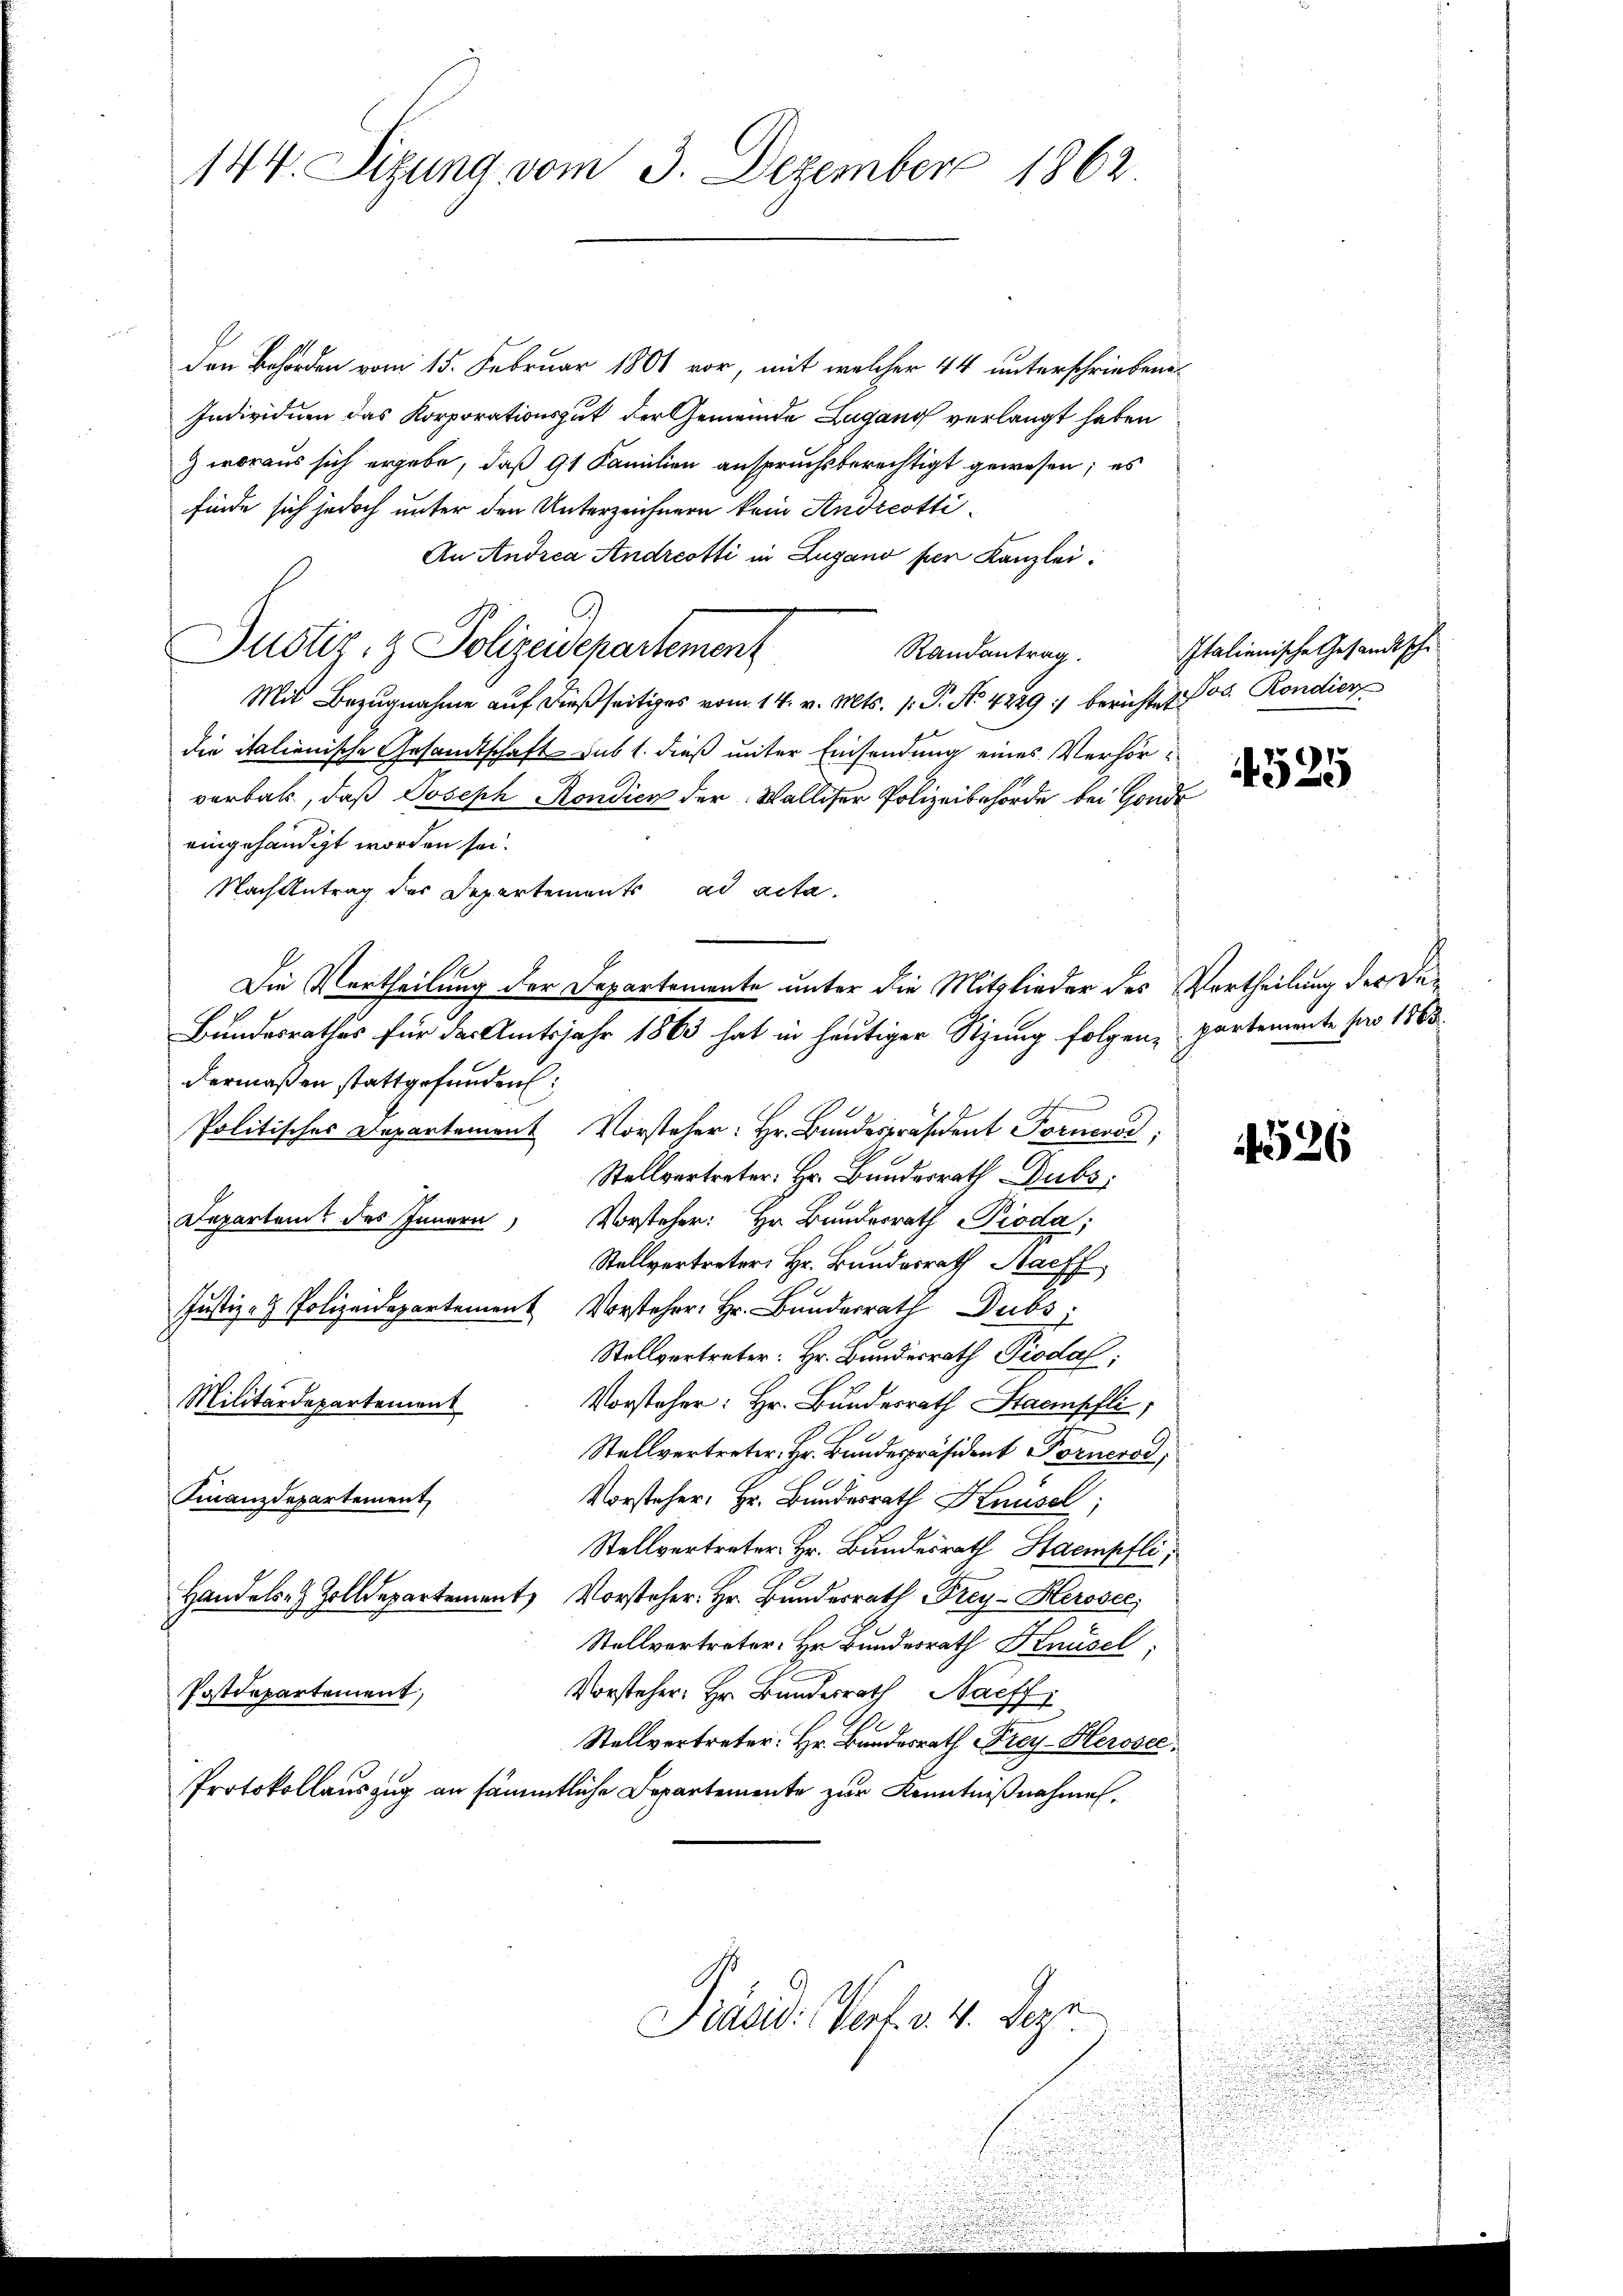
144. Sizung vom 3. Dezember 1862

den Behörden vom 15. Februar 1801 vor, mit welcher 44 unterschriebene
Individuen das Korporationsgut der Gemeinde Lugano verlangt haben
) woraus sich ergabe, daß 91 Familien anspruchsberechtigt gewesen; es
finde sich jedoch unter den Unterzeichnern kein Andreotti¬
An Andrea Andreotti in Zugano per Kanzlei.
Justiz- & Polizeidepartement
Randantrag.
Mit Bezugnahme auf dießseitiges vom 14. v. Mts. 1. P. No 4229 :/ berichtet. Jos. Rondier
die italienische Gesandtschaft sub 1. dieß unter Einsendung eines Verhörverbar, daß Joseph Kondica der Walliser Polizeibehörde bei Gonde
eingehändigt worden sei.
Nach Antrag der Departements ad acta.
M.
dermaßen stattgefunden:
Politisches Departement Vorsteher: Hr. Bundespräsident Fornes,
Stellvertreter: Hr. Bundesrath Dubs
Departamt des Innern Vorsteher: Hr. Bundesrath Pioda,
Stellvertreter Hr. Bundesrath Nachf
Justiz- & Polizeidepartement Vorsteher Hr. Bundesrath Dubs,
Stellvertreter: Hr. Bundesrath Piodal;
Militärdepartement. Vorsteher: Hr. Bŭndesrath Staempfli
Stellvertreter Hr. Bundespräsident Forneros,
Finanzdepartement Vorsteher: Hr. Bŭndesrath Knüsel;
Stellvertreter Hr. Bundesrath Staempfli,
Handels- & Zolldepartement, Vorsteher: Hr. Bundesrath Frey-Herosec
Stellvertreter Hr. Bundesrath Hausel
Vorsteher: Hr. Bundesrath Naeff
Postdepartement,
Stellvertreter. Hr. Bundesrath Frey-Herosec
Protokollauszug an sämmtliche Departemente zur Kenntnißnahmen.

Die Vertheilung der Departemente unter die Mitglieder des Vertheilung der De¬
Bundesrathes für der Amtsjahr 1863 hat in heutiger Sitzung folgen, partemente pro 1863.

Präsid. Verf. v. 4. Deze

Italienische Gesandtsche

4525

4526